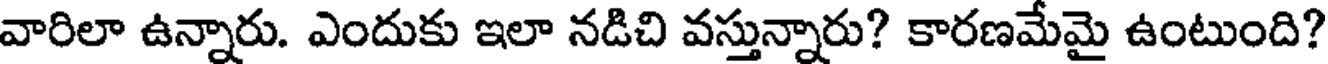
వారిలా ఉన్నారు. ఎందుకు ఇలా నడిచి వస్తున్నారు? కారణమేమై ఉంటుంది?